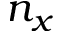
n _ { x }